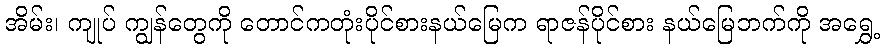
အိမ်း၊ ကျုပ် ကျွန်တွေကို တောင်ကတုံးပိုင်စားနယ်မြေက ရာဇန်ပိုင်စား နယ်မြေဘက်ကို အရွှေ့